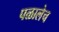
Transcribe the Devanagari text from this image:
पळालेच